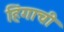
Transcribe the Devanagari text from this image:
हिंगाची